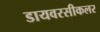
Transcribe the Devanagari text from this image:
डायवरसीकलर